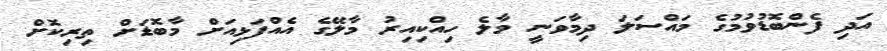
އަދި ފެންބޮޑުވުމުގެ މައްސަލަ ދިމާވަނީ މާލެ ހިއްކިއިރު މާލޭގެ އެއްފަޅިއަށް މާބޮޑަށް ތިރިކޮށް